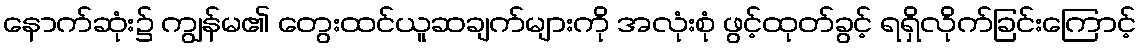
နောက်ဆုံး၌ ကျွန်မ၏ တွေးထင်ယူဆချက်များကို အလုံးစုံ ဖွင့်ထုတ်ခွင့် ရရှိလိုက်ခြင်းကြောင့်